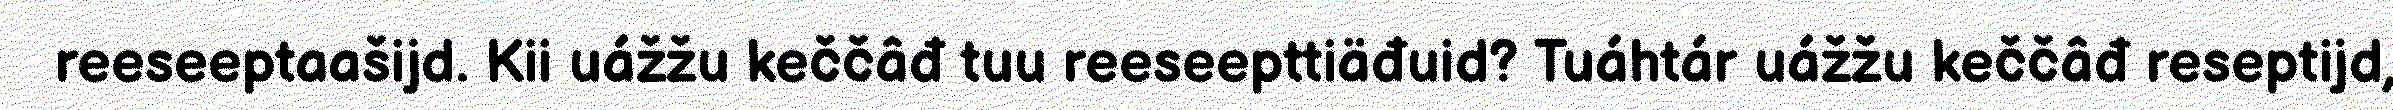
reeseeptaašijd. Kii uážžu keččâđ tuu reeseepttiäđuid? Tuáhtár uážžu keččâđ reseptijd,